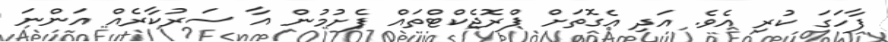
ފާހަގަ ކުރި އެވެ. އަދި އެގޮތަށް ޕްރޮޖެކްޓްތައް ފެށުމުން އާ ސަރުކާރެއް އަންނަ